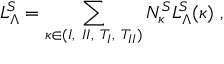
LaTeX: { \cal L } _ { \Lambda } ^ { S } = \sum _ { \kappa \in { ( I , ~ I I , ~ T _ { I } , ~ T _ { I I } ) } } N _ { \kappa } ^ { S } { \cal L } _ { \Lambda } ^ { S } ( \kappa ) ~ ,